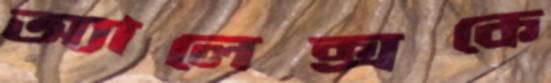
অ্যালেক্সকে